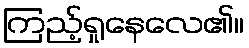
ကြည့်ရှုနေလေ၏။